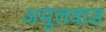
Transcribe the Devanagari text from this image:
अमूलवाड